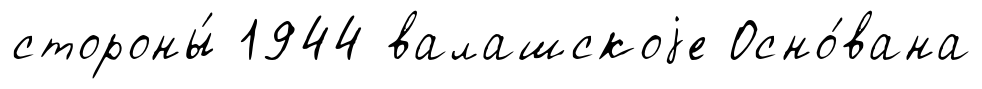
стороны́ 1944 валашскоjе Осно́вана